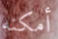
أمكنه